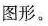
图形。